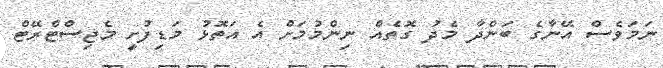
ނަމަވެސް އޭނާގެ ބަންދާ މެދު ގޮތެއް ނިންމުމަށް އެ އަތޮޅު މަޑިފުށީ މެޖިސްޓްރޭޓް